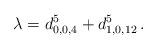
LaTeX: \begin{align*}\lambda = d^5_{0,0,4} +d^5_{1,0,12} \, .\end{align*}